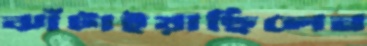
ঝাঁটাইয়াছিলেন